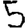
Digit: 5